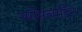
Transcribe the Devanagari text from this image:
स्पोमलादिन